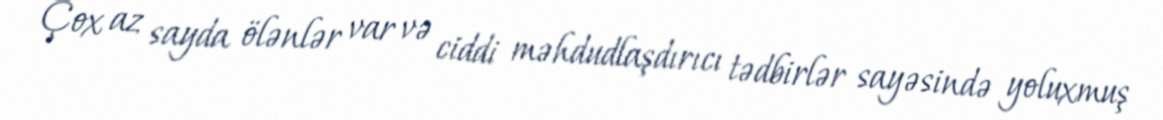
Çox az sayda ölənlər var və ciddi məhdudlaşdırıcı tədbirlər sayəsində yoluxmuş